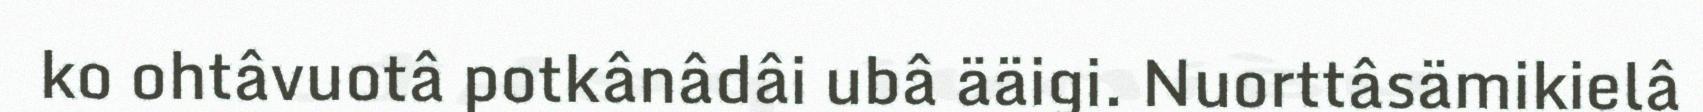
ko ohtâvuotâ potkânâdâi ubâ ääigi. Nuorttâsämikielâ